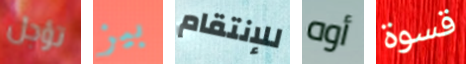
تؤجل بيز للإنتقام أوه قسوة